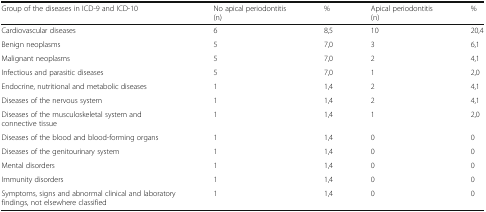
<table><thead><tr><td><b>Group of the diseases in ICD-9 and ICD-10</b></td><td><b>No apical periodontitis(n)</b></td><td><b>%</b></td><td><b>Apical periodontitis(n)</b></td><td><b>%</b></td></tr></thead><tbody><tr><td>Cardiovascular diseases</td><td>6</td><td>8,5</td><td>10</td><td>20,4</td></tr><tr><td>Benign neoplasms</td><td>5</td><td>7,0</td><td>3</td><td>6,1</td></tr><tr><td>Malignant neoplasms</td><td>5</td><td>7,0</td><td>2</td><td>4,1</td></tr><tr><td>Infectious and parasitic diseases</td><td>5</td><td>7,0</td><td>1</td><td>2,0</td></tr><tr><td>Endocrine, nutritional and metabolic diseases</td><td>1</td><td>1,4</td><td>2</td><td>4,1</td></tr><tr><td>Diseases of the nervous system</td><td>1</td><td>1,4</td><td>2</td><td>4,1</td></tr><tr><td>Diseases of the musculoskeletal system and connective tissue</td><td>1</td><td>1,4</td><td>1</td><td>2,0</td></tr><tr><td>Diseases of the blood and blood-forming organs</td><td>1</td><td>1,4</td><td>0</td><td>0</td></tr><tr><td>Diseases of the genitourinary system</td><td>1</td><td>1,4</td><td>0</td><td>0</td></tr><tr><td>Mental disorders</td><td>1</td><td>1,4</td><td>0</td><td>0</td></tr><tr><td>Immunity disorders</td><td>1</td><td>1,4</td><td>0</td><td>0</td></tr><tr><td>Symptoms, signs and abnormal clinical and laboratory findings, not elsewhere classified</td><td>1</td><td>1,4</td><td>0</td><td>0</td></tr></tbody></table>